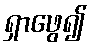
ရှာဖွေ၍